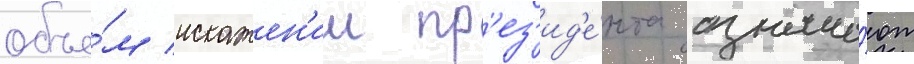
объе́м искажен'ии пр'ез'ид'е́нта означа́ют